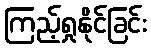
ကြည့်ရှုနိုင်ခြင်း